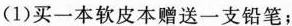
(1)买一本软皮本赠送一支铅笔；